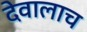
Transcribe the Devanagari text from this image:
देवालाच